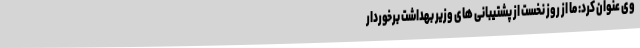
وی عنوان کرد: ما از روز نخست از پشتیبانی های وزیر بهداشت برخوردار